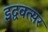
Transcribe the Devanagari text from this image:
इद्ववत्सर